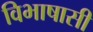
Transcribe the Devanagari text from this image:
विभाषासी